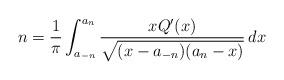
LaTeX: \begin{align*}n=\frac{1}{\pi}\int_{a_{-n}}^{a_n}\frac{xQ'(x)}{\sqrt{(x-a_{-n})(a_n-x)}} \, dx\end{align*}